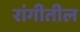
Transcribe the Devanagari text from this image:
रांगीतील